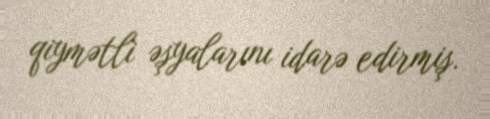
qiymətli əşyalarını idarə edirmiş.